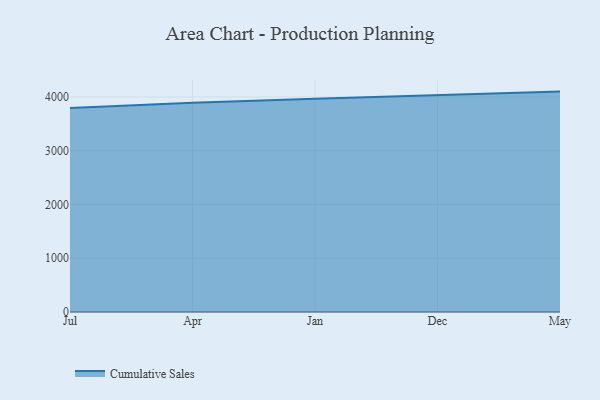
{"axis": {"x": "Month", "y": "Waste Production (Tons)"}, "legend": ["Cumulative Sales"], "data": [{"x": "Jul", "y": 3794.2, "type": "Cumulative Sales"}, {"x": "Apr", "y": 3892.9, "type": "Cumulative Sales"}, {"x": "Jan", "y": 3967.3, "type": "Cumulative Sales"}, {"x": "Dec", "y": 4036.5, "type": "Cumulative Sales"}, {"x": "May", "y": 4100.0, "type": "Cumulative Sales"}]}